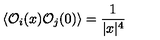
\langle { \cal O } _ { i } ( x ) { \cal O } _ { j } ( 0 ) \rangle = { \frac { 1 } { | x | ^ { 4 } } }